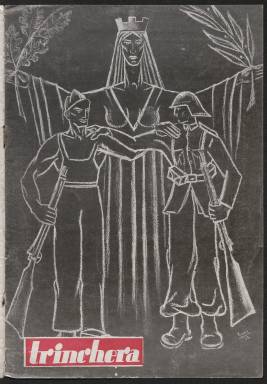
Título: Trinchera (Madrid)
Colección: Guerra civil
Ámbito geográfico: Madrid
Lugar de publicación: Madrid
Fechas: 31/07/1938-31/07/1938